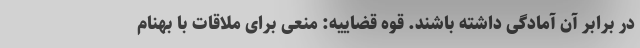
در برابر آن آمادگی داشته باشند. قوه قضاییه: منعی برای ملاقات با بهنام